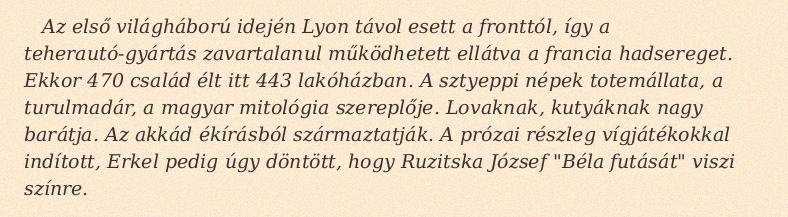
Az első világháború idején Lyon távol esett a fronttól, így a teherautó-gyártás zavartalanul működhetett ellátva a francia hadsereget. Ekkor 470 család élt itt 443 lakóházban. A sztyeppi népek totemállata, a turulmadár, a magyar mitológia szereplője. Lovaknak, kutyáknak nagy barátja. Az akkád ékírásból származtatják. A prózai részleg vígjátékokkal indított, Erkel pedig úgy döntött, hogy Ruzitska József "Béla futását" viszi színre.